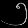
Digit: ၅